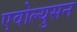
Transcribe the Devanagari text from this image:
एवोल्युसन